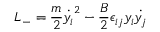
{ \cal { L } } _ { - } = \frac { m } { 2 } { \dot { y _ { i } } } ^ { 2 } - \frac { B } { 2 } \epsilon _ { i j } y _ { i } \dot { y _ { j } }